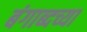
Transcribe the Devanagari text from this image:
बंगाब्दच्या